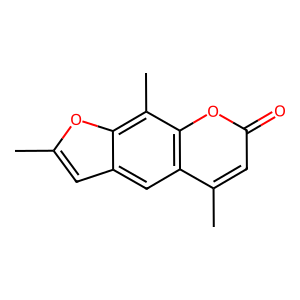
SMILES: Cc1cc2cc3c(C)cc(=O)oc3c(C)c2o1
Inhibits HIV replication: No